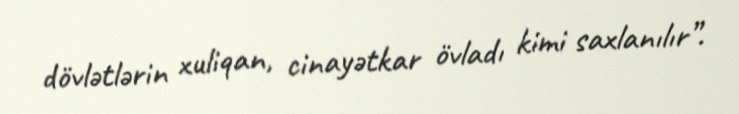
dövlətlərin xuliqan, cinayətkar övladı kimi saxlanılır”.